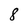
Character: 8